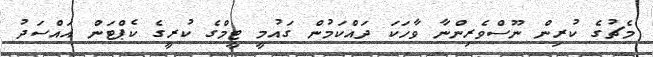
މެޗުގެ ކުރިން ނޫސްވެރިންނާ ވާހަކަ ދައްކަމުން ގައުމީ ޓީމްގެ ކުރީގެ ކެޕްޓަން އައްސަދު